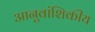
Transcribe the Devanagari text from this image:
आनुवांशिकीय